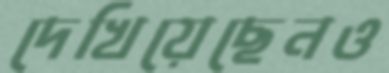
দেখিয়েছেনও